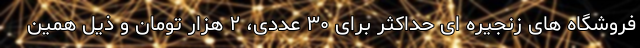
فروشگاه های زنجیره ای حداکثر برای ۳۰ عددی، ۲ هزار تومان و ذیل همین